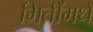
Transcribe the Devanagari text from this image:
मितींमधे